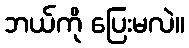
ဘယ်ကို ပြေးမလဲ။